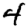
Digit: 4